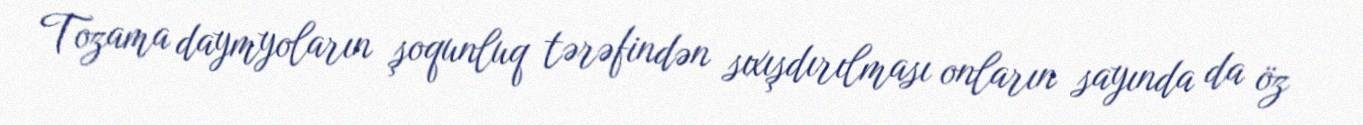
Tozama daymyoların şoqunluq tərəfindən sıxışdırılması onların sayında da öz